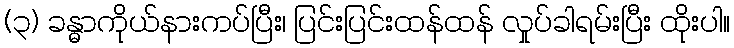
(၃) ခန္ဓာကိုယ်နားကပ်ပြီး၊ ပြင်းပြင်းထန်ထန် လှုပ်ခါရမ်းပြီး ထိုးပါ။